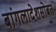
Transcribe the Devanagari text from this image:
बांगलादेशसोबत